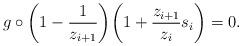
LaTeX: \begin{align*}g \circ \bigg( 1-\frac{1}{z_{i+1}} \bigg) \bigg(1+\frac{z_{i+1}}{z_i} s_i \bigg) = 0. \end{align*}